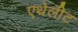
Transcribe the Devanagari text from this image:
एथेलीट